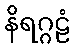
နိရဂ္ဂဠံ